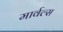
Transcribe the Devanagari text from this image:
मार्वल्स